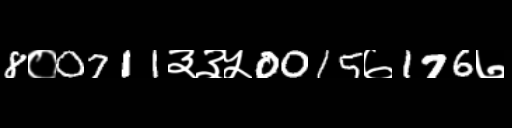
Text: 8०0711३३५0015७176७